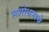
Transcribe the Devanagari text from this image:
सशोधनाचे